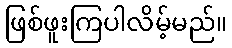
ဖြစ်ဖူးကြပါလိမ့်မည်။